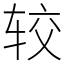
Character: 较